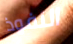
النفوذ